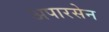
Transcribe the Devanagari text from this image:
अपारसेन